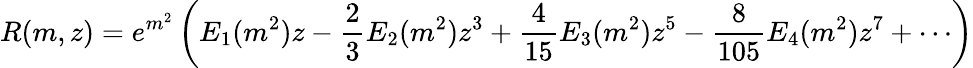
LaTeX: R(m,z)=e^{m^{2}}\left(E_{1}(m^{2})z-\frac{2}{3}E_{2}(m^{2})z^{3}+\frac{4}{15}E_{3}(m^{2})z^{5}-\frac{8}{105}E_{4}(m^{2})z^{7}+\cdots\right)